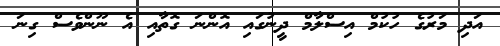
އަދި މަރުގެ ހުކުމް އިސްލާމް ދީނުގައި އޮންނަ ގޮތާއި އެ ނޫންވެސް ގިނަ